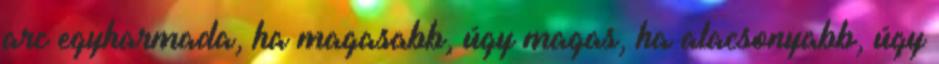
arc egyharmada, ha magasabb, úgy magas, ha alacsonyabb, úgy